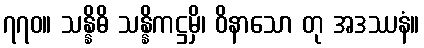
၇၇၀။ သန္နိဓိ သန္နိကဋ္ဌမှိ၊ ဝိနာသော တု အဒဿနံ။